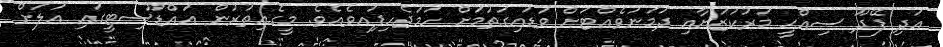
އަދި ފޭދޫ ސިއްޙީ މަރުކަޒަށާއި ދަމަނަވެއްޓަށް ވަޑައިގަތުމަށް ހަމަޖެހިފަިއވެއެވެ. މީގެއިތުރުން އައްޑޫސިޓީގައި އަލަށް